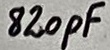
Text: 820pF